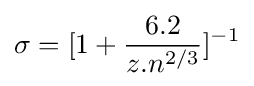
\sigma =[1+{\frac {6.2}{z.n^{2/3}}}]^{-1}